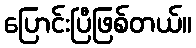
ပြောင်းပြီဖြစ်တယ်။